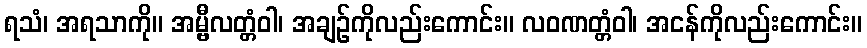
ရသံ၊ အရသာကို။ အမ္ဗီလတ္တံဝါ၊ အချဉ်ကိုလည်းကောင်း။ လဝဏတ္တံဝါ၊ အငန်ကိုလည်းကောင်း။